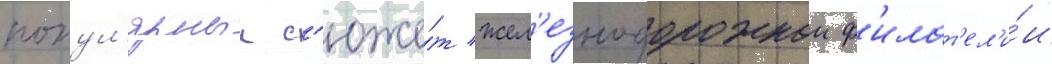
попул'ярныи с'юже́т жел'езнодорожнои ф'илат'ел'и́и